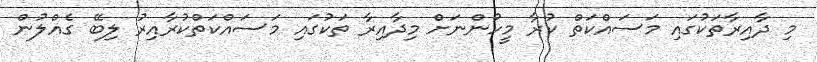
މި ދާއިރާތަކުގައި މަސައްކަތް ކުރާ މީހުންނަށް މިދާއިރާ ތަކުގައި މަސައްކަތްކުރާާއިރު ލިބޭ ގެއްލުން